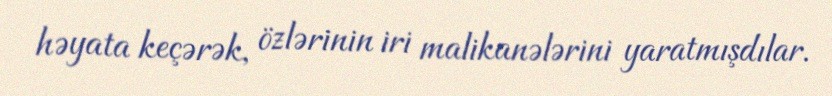
həyata keçərək, özlərinin iri malikanələrini yaratmışdılar.